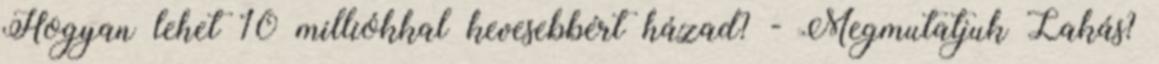
Hogyan lehet 10 milliókkal kevesebbért házad? - Megmutatjuk Lakás?